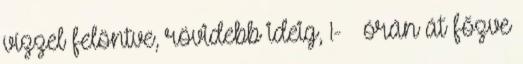
vízzel felöntve, rövidebb ideig, 1- ½ órán át főzve